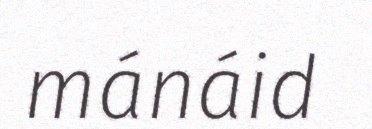
mánáid